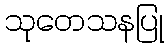
သုတေသနပြု